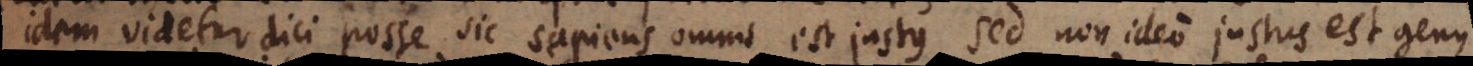
idem videtur dici posse sic sapiens omnis est justus, sed non ideo justus est genus